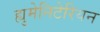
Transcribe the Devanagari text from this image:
ह्युमेनिटेरियन